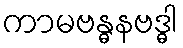
ကာမဗန္ဓနဗဒ္ဓါ